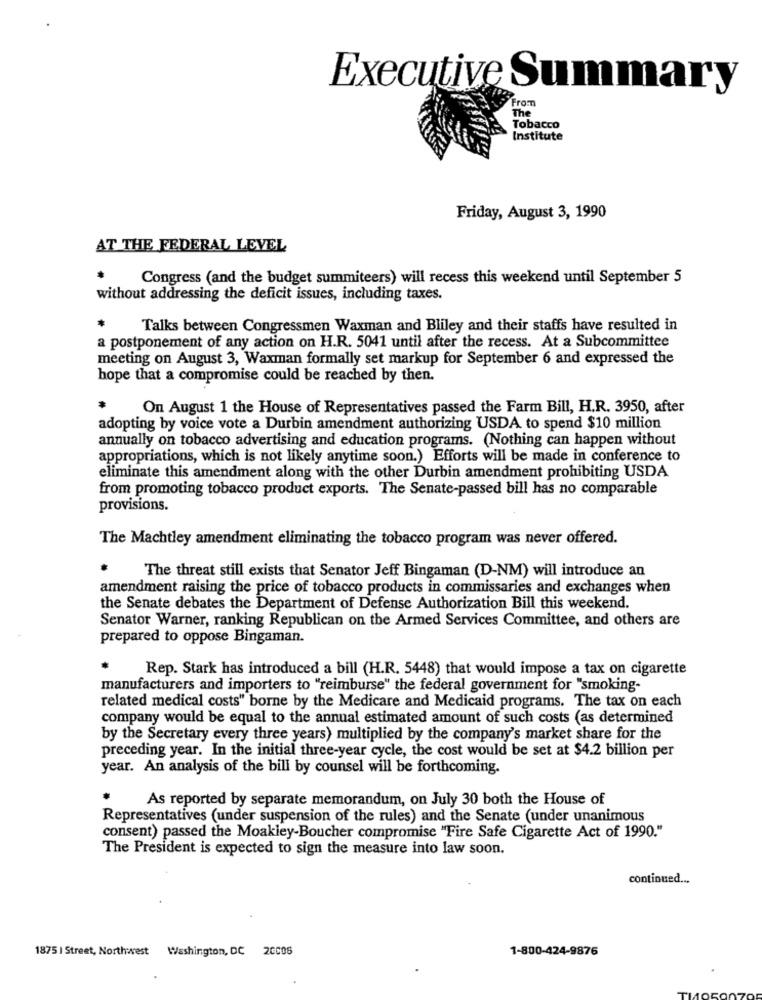
Executive Summary
From
The
Tobacco
Institute
Friday, August 3, 1990
AT THE FEDERAL LEVEL
Congress (and the budget summiteers) will recess this weekend until September 5
without addressing the deficit issues, including taxes.
Talks between Congressmen Waxman and Bliley and their staffs have resulted in
a postponement of any action on H.R. 5041 until after the recess. At a Subcommittee
meeting on August 3, Waxman formally set markup for September 6 and expressed the
hope that a compromise could be reached by then.
On August 1 the House of Representatives passed the Farm Bill, H.R. 3950, after
adopting by voice vote a Durbin amendment authorizing USDA to spend $10 million
annually on tobacco advertising and education programs. (Nothing can happen without
appropriations, which is not likely anytime soon.) Efforts will be made in conference to
eliminate this amendment along with the other Durbin amendment prohibiting USDA
from promoting tobacco product exports. The Senate-passed bill has no comparable
provisions.
The Machtley amendment eliminating the tobacco program was never offered.
The threat still exists that Senator Jeff Bingaman (D-NM) will introduce an
amendment raising the price of tobacco products in commissaries and exchanges when
the Senate debates the Department of Defense Authorization Bill this weekend.
Senator Warner, ranking Republican on the Armed Services Committee, and others are
prepared to oppose Bingaman.
Rep. Stark has introduced a bill (H.R. 5448) that would impose a tax on cigarette
manufacturers and importers to "reimburse" the federal government for "smoking-
related medical costs" borne by the Medicare and Medicaid programs. The tax on each
company would be equal to the annual estimated amount of such costs (as determined
by the Secretary every three years) multiplied by the company's market share for the
preceding year. In the initial three-year cycle, the cost would be set at $4.2 billion per
year. An analysis of the bill by counsel will be forthcoming.
As reported by separate memorandum, on July 30 both the House of
Representatives (under suspension of the rules) and the Senate (under unanimous
consent) passed the Moakley-Boucher compromise "Fire Safe Cigarette Act of 1990."
The President is expected to sign the measure into law soon.
continued ...
1875 | Street, Northwest
Washington, DC 20006
1-800-424-9876